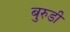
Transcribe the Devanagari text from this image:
बुरुडी